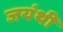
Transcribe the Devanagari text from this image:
जयंथी